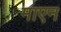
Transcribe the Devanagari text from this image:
माएन